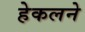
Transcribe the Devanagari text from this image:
हेकलने